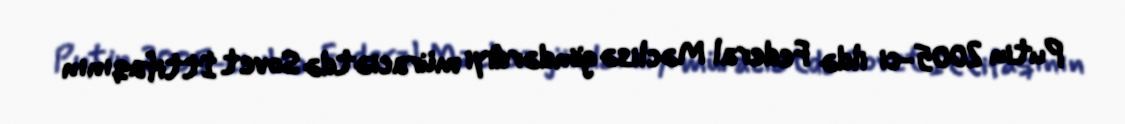
Putin 2005-ci ildə Federal Məclisə göndərdiyi müraciətdə Sovet İttifaqının